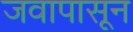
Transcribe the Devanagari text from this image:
जवापासून